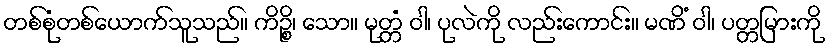
တစ်စုံတစ်ယောက်သူသည်။ ကိဉ္စိ၊ သော။ မုတ္တံ ဝါ၊ ပုလဲကို လည်းကောင်း။ မဏိံ ဝါ၊ ပတ္တမြားကို